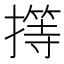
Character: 㩐